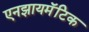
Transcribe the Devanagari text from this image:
एनझायमॅटिक